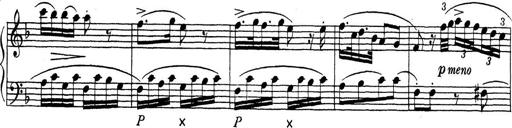
Title: ÄŒeskÃ© Sonatiny
Composer: Various